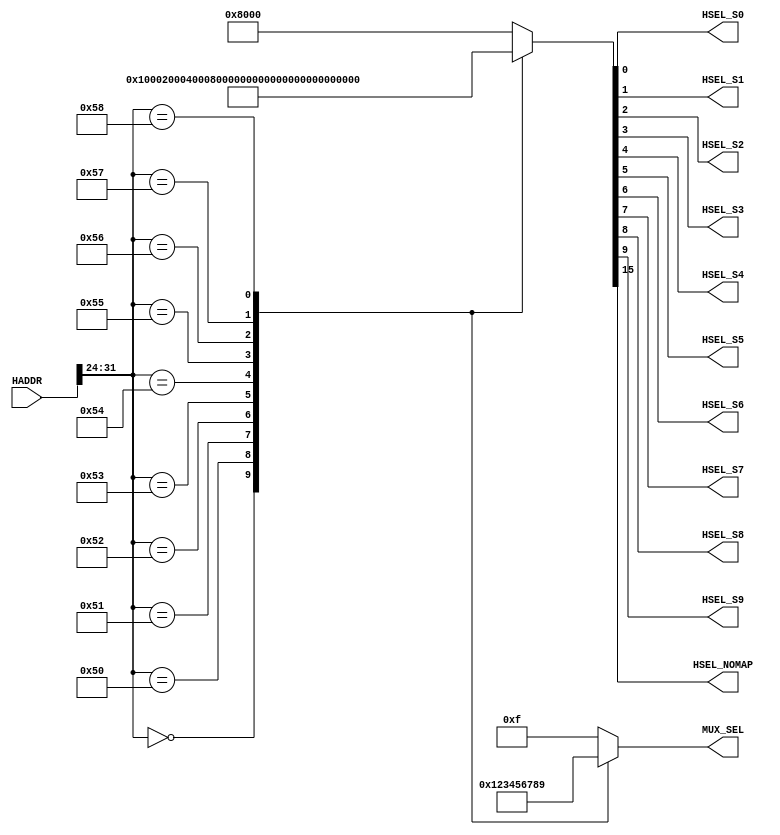
//////////////////////////////////////////////////////////////////////////////////
//END USER LICENCE AGREEMENT                                                    //
//                                                                              //
//Copyright (c) 2012, ARM All rights reserved.                                  //
//                                                                              //
//THIS END USER LICENCE AGREEMENT (LICENCE) IS A LEGAL AGREEMENT BETWEEN      //
//YOU AND ARM LIMITED ("ARM") FOR THE USE OF THE SOFTWARE EXAMPLE ACCOMPANYING  //
//THIS LICENCE. ARM IS ONLY WILLING TO LICENSE THE SOFTWARE EXAMPLE TO YOU ON   //
//CONDITION THAT YOU ACCEPT ALL OF THE TERMS IN THIS LICENCE. BY INSTALLING OR  //
//OTHERWISE USING OR COPYING THE SOFTWARE EXAMPLE YOU INDICATE THAT YOU AGREE   //
//TO BE BOUND BY ALL OF THE TERMS OF THIS LICENCE. IF YOU DO NOT AGREE TO THE   //
//TERMS OF THIS LICENCE, ARM IS UNWILLING TO LICENSE THE SOFTWARE EXAMPLE TO    //
//YOU AND YOU MAY NOT INSTALL, USE OR COPY THE SOFTWARE EXAMPLE.                //
//                                                                              //
//ARM hereby grants to you, subject to the terms and conditions of this Licence,//
//a non-exclusive, worldwide, non-transferable, copyright licence only to       //
//redistribute and use in source and binary forms, with or without modification,//
//for academic purposes provided the following conditions are met:              //
//a) Redistributions of source code must retain the above copyright notice, this//
//list of conditions and the following disclaimer.                              //
//b) Redistributions in binary form must reproduce the above copyright notice,  //
//this list of conditions and the following disclaimer in the documentation     //
//and/or other materials provided with the distribution.                        //
//                                                                              //
//THIS SOFTWARE EXAMPLE IS PROVIDED BY THE COPYRIGHT HOLDER "AS IS" AND ARM     //
//EXPRESSLY DISCLAIMS ANY AND ALL WARRANTIES, EXPRESS OR IMPLIED, INCLUDING     //
//WITHOUT LIMITATION WARRANTIES OF MERCHANTABILITY AND FITNESS FOR A PARTICULAR //
//PURPOSE, WITH RESPECT TO THIS SOFTWARE EXAMPLE. IN NO EVENT SHALL ARM BE LIABLE/
//FOR ANY DIRECT, INDIRECT, INCIDENTAL, PUNITIVE, OR CONSEQUENTIAL DAMAGES OF ANY/
//KIND WHATSOEVER WITH RESPECT TO THE SOFTWARE EXAMPLE. ARM SHALL NOT BE LIABLE //
//FOR ANY CLAIMS, DAMAGES OR OTHER LIABILITY, WHETHER IN AN ACTION OF CONTRACT, //
//TORT OR OTHERWISE, ARISING FROM, OUT OF OR IN CONNECTION WITH THE SOFTWARE    //
//EXAMPLE OR THE USE OR OTHER DEALINGS IN THE SOFTWARE EXAMPLE. FOR THE AVOIDANCE/
// OF DOUBT, NO PATENT LICENSES ARE BEING LICENSED UNDER THIS LICENSE AGREEMENT.//
//////////////////////////////////////////////////////////////////////////////////
 

module AHBDCD(
  input wire [31:0] HADDR,
  
  output wire HSEL_S0,
  output wire HSEL_S1,
  output wire HSEL_S2,
  output wire HSEL_S3,
  output wire HSEL_S4,
  output wire HSEL_S5,
  output wire HSEL_S6,
  output wire HSEL_S7,
  output wire HSEL_S8,
  output wire HSEL_S9,
  output wire HSEL_NOMAP,
  
  output reg [3:0] MUX_SEL
    );

reg [15:0] dec;

//REFER CM0-DS REFERENC MANUAL FOR RAM & PERIPHERAL MEMORY MAP
//									//MEMORY MAP --> START ADDR 		END ADDR 	SIZE 
assign HSEL_S0 = dec[0];   //MEMORY MAP --> 0x0000_0000 to 0x00FF_FFFF  16MB
assign HSEL_S1 = dec[1];   //MEMORY MAP --> 0x5000_0000 to 0x50FF_FFFF  16MB	
assign HSEL_S2 = dec[2];   //MEMORY MAP --> 0x5100_0000 to 0x51FF_FFFF  16MB
assign HSEL_S3 = dec[3];   //MEMORY MAP --> 0x5200_0000 to 0x52FF_FFFF  16MB
assign HSEL_S4 = dec[4];   //MEMORY MAP --> 0x5300_0000 to 0x53FF_FFFF  16MB
assign HSEL_S5 = dec[5];   //MEMORY MAP --> 0x5400_0000 to 0x54FF_FFFF  16MB
assign HSEL_S6 = dec[6];   //MEMORY MAP --> 0x5500_0000 to 0x55FF_FFFF  16MB
assign HSEL_S7 = dec[7];   //MEMORY MAP --> 0x5600_0000 to 0x56FF_FFFF  16MB
assign HSEL_S8 = dec[8];   //MEMORY MAP --> 0x5700_0000 to 0x57FF_FFFF  16MB
assign HSEL_S9 = dec[9];   //MEMORY MAP --> 0x5800_0000 to 0x58FF_FFFF  16MB
assign HSEL_NOMAP = dec[15]; //REST OF REGION NOT COVERED ABOVE
    
always@*
begin

  case(HADDR[31:24])
    8'h00: 						//MEMORY MAP --> 0x0000_0000 to 0x00FF_FFFF  16MB
      begin
        dec = 16'b0000_0000_00000001;
        MUX_SEL = 4'b0000;
      end
    8'h50: 						//MEMORY MAP --> 0x5000_0000 to 0x50FF_FFFF  16MB 
      begin
        dec = 16'b0000_0000_0000_0010;
        MUX_SEL = 4'b0001;
      end
    8'h51: 						//MEMORY MAP --> 0x5100_0000 to 0x51FF_FFFF  16MB
      begin
        dec =16'b0000_0000_0000_0100;
        MUX_SEL = 4'b0010;
      end   
    8'h52:  					//MEMORY MAP --> 0x5200_0000 to 0x52FF_FFFF  16MB
      begin
        dec = 16'b0000_0000_0000_1000;
        MUX_SEL = 4'b0011;
      end
    8'h53: 						//MEMORY MAP --> 0x5300_0000 to 0x53FF_FFFF  16MB 
      begin
        dec = 16'b0000_0000_0001_0000;
        MUX_SEL = 4'b0100;
      end
    8'h54:						//MEMORY MAP --> 0x5400_0000 to 0x54FF_FFFF  16MB  
      begin
        dec = 16'b0000_0000_0010_0000;
        MUX_SEL = 4'b0101;
      end
    8'h55:						//MEMORY MAP --> 0x5500_0000 to 0x55FF_FFFF  16MB 
      begin
        dec = 16'b0000_0000_0100_0000;
        MUX_SEL = 4'b0110;
      end
    8'h56:						//MEMORY MAP --> 0x5600_0000 to 0x56FF_FFFF  16MB 
      begin
        dec = 16'b0000_0000_1000_0000;
        MUX_SEL = 4'b0111;
      end
    8'h57: 						//MEMORY MAP --> 0x5700_0000 to 0x57FF_FFFF  16MB
      begin
        dec = 16'b0000_0001_0000_0000;
        MUX_SEL = 4'b1000;
      end
    8'h58:						//MEMORY MAP --> 0x5800_0000 to 0x58FF_FFFF  16MB 
      begin
        dec = 16'b0000_0010_0000_0000;
        MUX_SEL = 4'b1001;
      end
    default: //NOMAP
      begin
        dec = 16'b1000_0000_00000000;
        MUX_SEL = 4'b1111;
      end
  endcase
end

endmodule